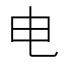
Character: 电